Medical and sanitary report of the native army of Bengal for the year
Year: 1878
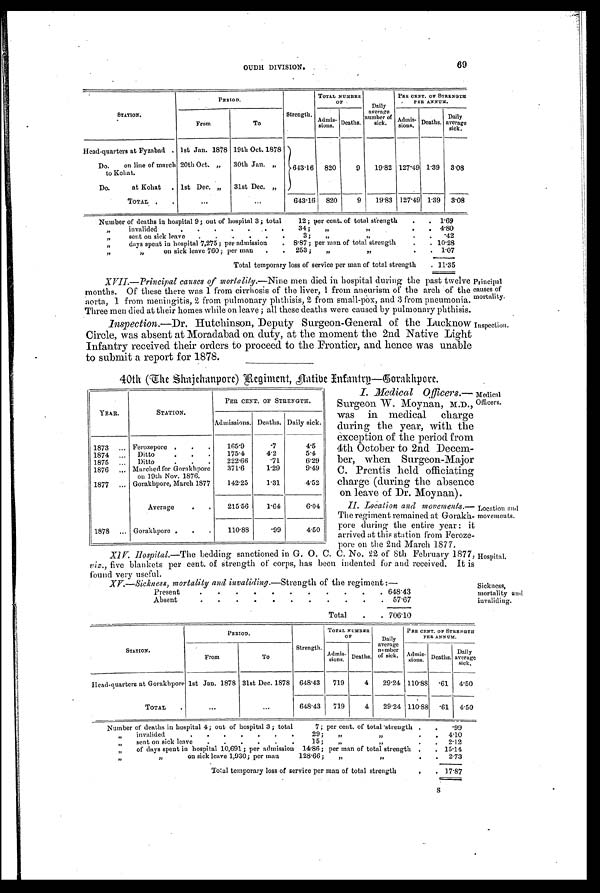
Principal
causes of
mortality.
Inspection.
OUDH DIVISION.
69
STATION.
PERIOD.
Strength .
TOTAL NUMBER
OF .
Daily
average
number of
sick.
PER CENT. OF STRENGTH
PER ANNUM.
From
To
Admis-
sions.
Deaths.
Admis-
sions.
Deaths.
Daily
average
sick.
Head-quarters at Fyzabad . 1st Jan. 1878 19th Oct. 1878
643.16
820
9
19.82 127.49 139
3.08
Do. on line of march
to Kohat.
20th Oct. „
30th Jan. ,,
Do. at Kohat
. 1st Dec. „
31st Dec. „
TOTAL .
.
. . .
. . .
643.16
820
9
19.83 127.49 1.39
3.08
Number of deaths in hospital 9; out of hospital 3 ; total 12 ; per cent. of total strength
.
. 1.69
,, invalided . . . . . . . 34; ,, „
.
. 4.80
„
sent on sick leave.
.
.
.
.
3;
„
„
.
.
.42
,, days spent in hospital 7,275 ; per admission . 8.87; per man of total strength
.
. 10.28
,, ,, on sick l eave 760 ; per man . . 253 ; „ DI
.
.
1.07
Total temporary loss of service per man of total strength
. 11.35
XVII.—Principal causes of mortality.— N i n e m e n d i e d i n h o s p i t a l d u r i n g t h e p a s t t w e l v e
months. Of these there was 1 from cirrhosis of the liver, 1 from aneurism of the arch of the
aorta, 1 from meningitis, 2 from pulmonary phthisis, 2 from small-pox, and 3 from pneumonia.
Three men died at their homes while on leave ; all these deaths were caused by pulmonary phthisis.
Inspection.—Dr. Hutchinson, Deputy Surgeon-General of the Lucknow
Circle, was absent at Moradabad on duty, at the moment the 2nd Native Light
Infantry received their orders to proceed to the Frontier, and hence was unable
to submit a report for 1878.
40th (The Shajehanpore) Regiment, Native Infantry—Gorakhpore.
I. Medical Officers. —
Surgeon W. Moynan, M.D.,
was in medical charge
during the year, with the
exception of the period from
4th October to 2nd Decem-
ber, when Surgeon-Major
C. Prentis held officiating
charge (during the absence
on leave of Dr. Moynan).
II. Location and movements. —
The regiment remained at Gorakh-
pore during the entire year : it
arrived at this station from Feroze-
pore on the 2nd March 1877.
XIV. Hospital. —The bedding sanctioned in G. O. C. C. No. 22 of 8th February 1877,
viz ., five blankets per cent. of strength of corps, has been indented for and received. It is
found very useful.
XV.—Sickness, mortality, and invaliding. —Strength of the regiment :—
Present
.
.
.
.
.
.
.
.
.
.
. 648.43
Absent
.
.
.
.
.
.
.
.
.
.
.
57.67
Total
.
. 706.10
YEAR.
STATION.
PER CENT, OF STRENGTH.
Admissions. Deaths. Daily sick.
1873
... Ferozepore .
.
.
165.9
.7
4.5
1874
...
Ditto
. . .
175.4
4.2
5.4
1875
. . .
Ditto
.
.
.
222.66
.71
6.29
1876
... Marched for Gorakhpore
on 19th Nov. 1876.
371.6
1.29
9.49
1877
... Gorakhpore, March 1877
142.25
1.31
4.52
Average
.
.
215.56
1.64
6.04
1878
... Gorakhpore .
.
.
110.88
.99
4.50
Medical
Officers.
Location and
movements.
Hospital
Sickness,
mortality and
invaliding.
STATION.
PERIOD.
Strength.
TOTAL NUMBER
OF
Daily
average
number
of sick.
PER CENT. OF STRENGTH
PER ANNUM.
From
To
Admis-
sions.
Deaths.
Admis-
sions. Deaths.
Daily
average
sick.
Head-quarters at Gorakhpore 1st Jan. 1878 31st Dec. 1878
648.43
719
4
29.24 110.88 .61
4.50
TOTAL
.
...
...
648.43
719
4
29.24 110.88 .61
4.50
Number of deaths in hospital 4; out of hospital 3; total 7; per cent. of total strength .
.
.99
invalided
.
29;
„
.
.
4.10
sent on sick leave
.
.
.
.
.
.
15;
„
,,
.
.
2.12
,, of days spent in hospital 10,691 ; per admission 1486 ; per man of total strength
.
. 15.14
,, ,, on si ck l eave 1, 930; per man 128. 66; „ ,,
.
.
2.73
Total temporary loss of service per man of total strength
.
. 17.87
S